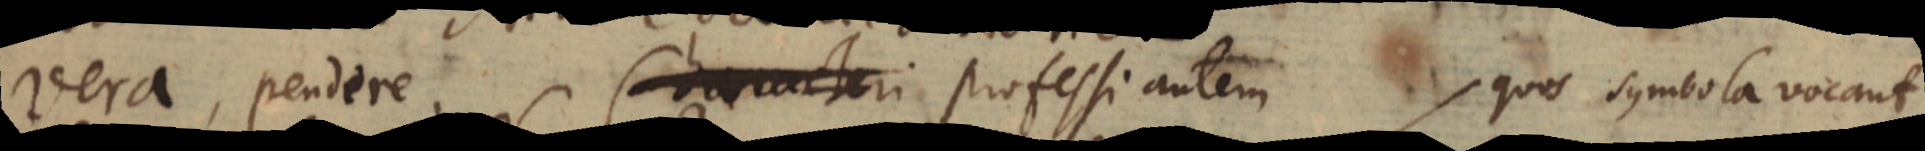
vera pendere. Characteri Professi autem quos symbola vocant